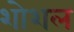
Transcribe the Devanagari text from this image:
शोशल